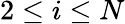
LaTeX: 2\leq i\leq N